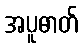
အပူဓာတ်